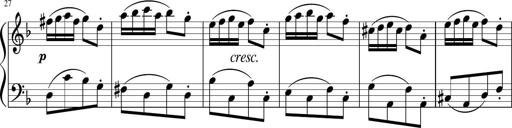
Title: 12 Keyboard Sonatinas
Composer: James Hook